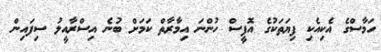
ހަމާސްގެ އެކިއެކި ފިޔަތަކުގެ އޮފީސް ހުންނަ އިމާރާތް ކަމަށް ބުނެ އިސްރާއީލު ސިފައިން